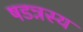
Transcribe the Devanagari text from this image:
षडन्नस्य